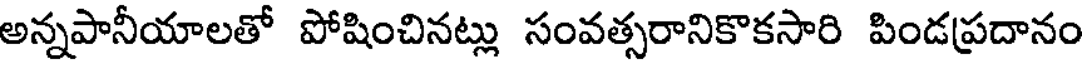
అన్నపానీయాలతో పోషించినట్లు సంవత్సరానికొకసారి పిండప్రదానం